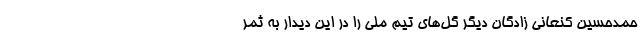
حمدحسین کنعانی زادگان دیگر گل‌های تیم ملی را در این دیدار به ثمر